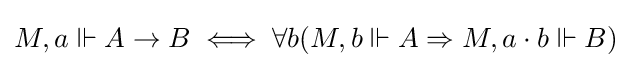
M,a\Vdash A\to B\iff \forall b(M,b\Vdash A\Rightarrow M,a\cdot b\Vdash B)